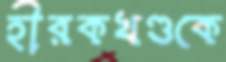
হীরকখণ্ডকে